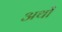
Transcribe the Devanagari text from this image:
अथों